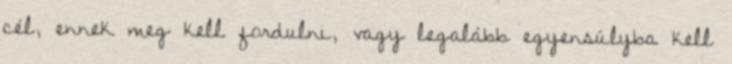
cél, ennek meg kell fordulni, vagy legalább egyensúlyba kell